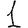
Digit: 1